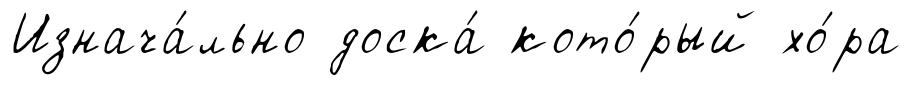
Изнача́льно доска́ кото́рый хо́ра